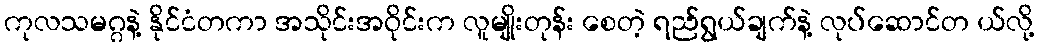
ကုလသမဂ္ဂနဲ့ နိုင်ငံတကာ အသိုင်းအဝိုင်းက လူမျိုးတုန်း စေတဲ့ ရည်ရွယ်ချက်နဲ့ လုပ်ဆောင်တ ယ်လို့